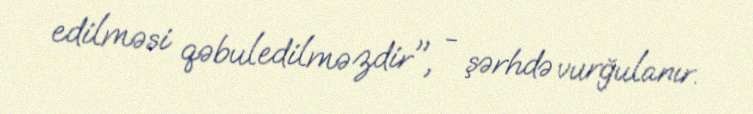
edilməsi qəbuledilməzdir", - şərhdə vurğulanır.